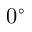
0 ^ { \circ }